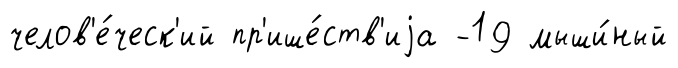
челов'е́ческ'ий пр'ише́ств'иjа -19 мыши́ный